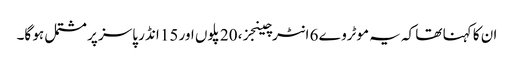
ان کا کہنا تھا کہ یہ موٹروے 6 انٹرچینجز، 20 پلوں اور 15 انڈر پاسز پر مشتمل ہو گا۔